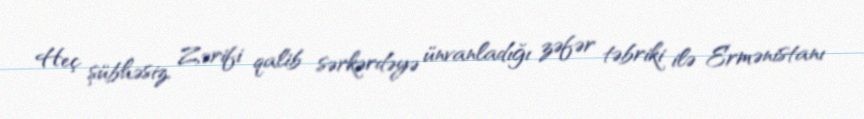
Heç şübhəsiz, Zərifi qalib sərkərdəyə ünvanladığı zəfər təbriki ilə Ermənistanı